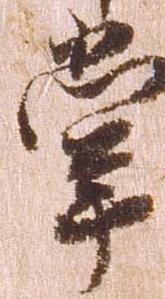
掌